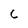
Character: c